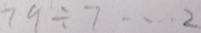
7 9 \div 7 \cdots 2